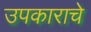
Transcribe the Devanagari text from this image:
उपकाराचे